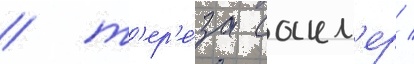
/ т'ер'е́за сакл'ер /